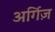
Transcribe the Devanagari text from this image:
अर्गिज़